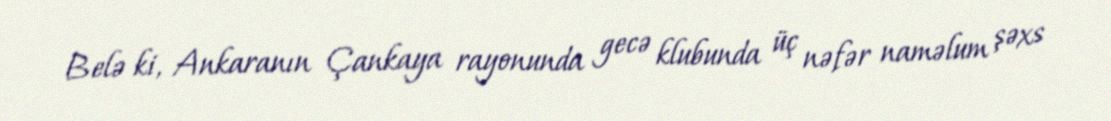
Belə ki, Ankaranın Çankaya rayonunda gecə klubunda üç nəfər naməlum şəxs